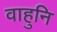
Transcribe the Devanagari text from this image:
वाहुनि